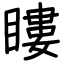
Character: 瞜